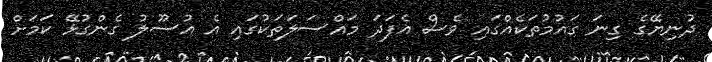
ދުނިޔޭގެ ގިނަ ގައުމުތަކެއްގައި ވެސް އެފަދަ މައްސަލަތަކުގައި އެ އުސޫލު ގެންގުޅޭ ކަމަށް